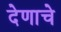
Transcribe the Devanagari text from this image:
देणाचे